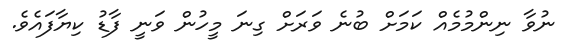
ނުވާ ނިންމުމެއް ކަމަށް ބުނެ ވަރަށް ގިނަ މީހުން ވަނީ ފާޑު ކިޔާފައެވެ.